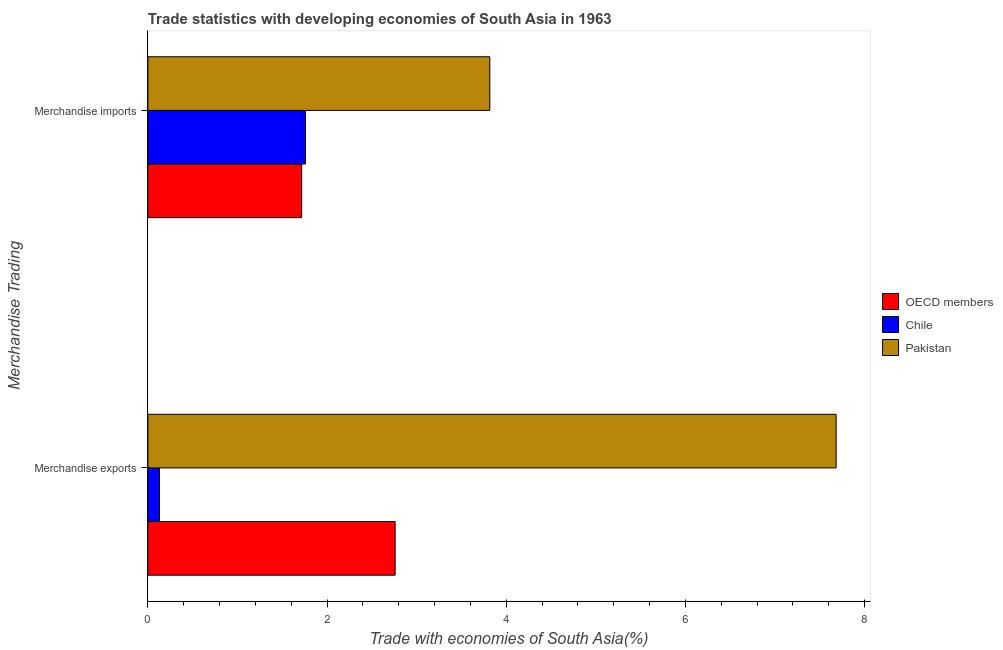
| Merchandise Trading | OECD members | Chile | Pakistan |
 | --- | --- | --- | --- |
 | Merchandise exports | 2.76 | 0.129 | 7.68 |
 | Merchandise imports | 1.72 | 1.76 | 3.82 |